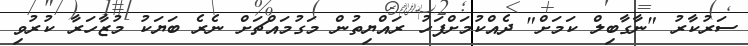
ސަރުކާރު "ނާގާބިލް ކަމަށް" ދެއްކުމަށްފަހު ރައްޔިތުން މަގުމައްޗަށް ނެރެ ބަޔަކު މުޒާހަރާ ކުރުވި